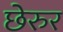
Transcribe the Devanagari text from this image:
छेरुर